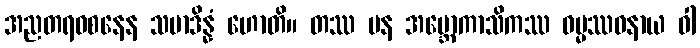
အညတရဝစနေန သမာဒိန္နံ ဟောတိ။ တဿ ပန အဗ္ဘောကာသိကဿ ဓမ္မဿဝနာယ ဝါ